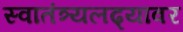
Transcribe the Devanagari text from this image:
स्वातंत्र्यलढ्यावर